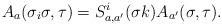
LaTeX: \begin{align*}A_a(\sigma_i\sigma,\tau)=S_{a,a'}^i(\sigma k)A_{a'}(\sigma,\tau).\end{align*}